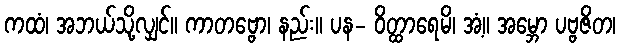
ကထံ၊ အဘယ်သို့လျှင်။ ကာတဗ္ဗော၊ နည်း။ ပန- ဝိတ္ထာရေမိ၊ အံ့။ အမ္ဘော ပဗ္ဗဇိတ၊